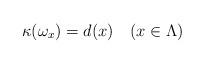
LaTeX: \begin{align*}\kappa(\omega_x)=d(x)\quad(x\in \Lambda)\end{align*}